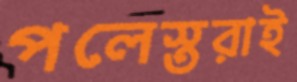
পলেস্তরাই